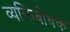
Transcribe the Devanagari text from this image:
व्यक्तिबोधक